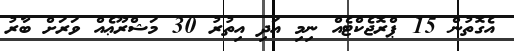
އެގޮތުން 15 ޕްރޮޖެކްޓެއް ނިމި އަދި އިތުރު 30 މަޝްރޫޢެއް ވަރަށް ބާރު